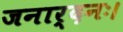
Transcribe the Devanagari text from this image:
जनार्दनः।